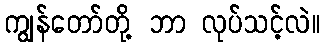
ကျွန်တော်တို့ ဘာ လုပ်သင့်လဲ။